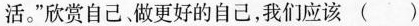
活。”欣赏自己、做更好的自己，我们应该()